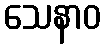
သေနာဝ